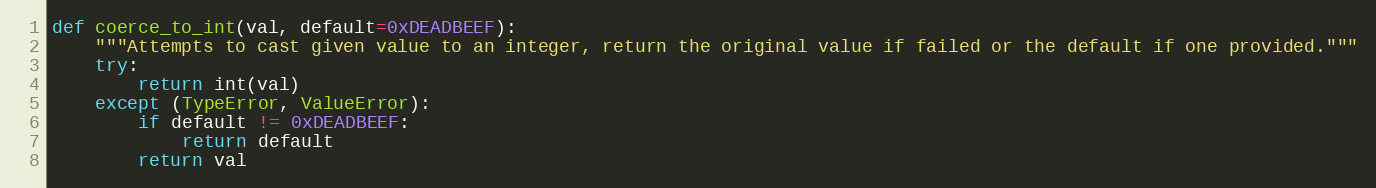
Language: Python
def coerce_to_int(val, default=0xDEADBEEF):
    """Attempts to cast given value to an integer, return the original value if failed or the default if one provided."""
    try:
        return int(val)
    except (TypeError, ValueError):
        if default != 0xDEADBEEF:
            return default
        return val